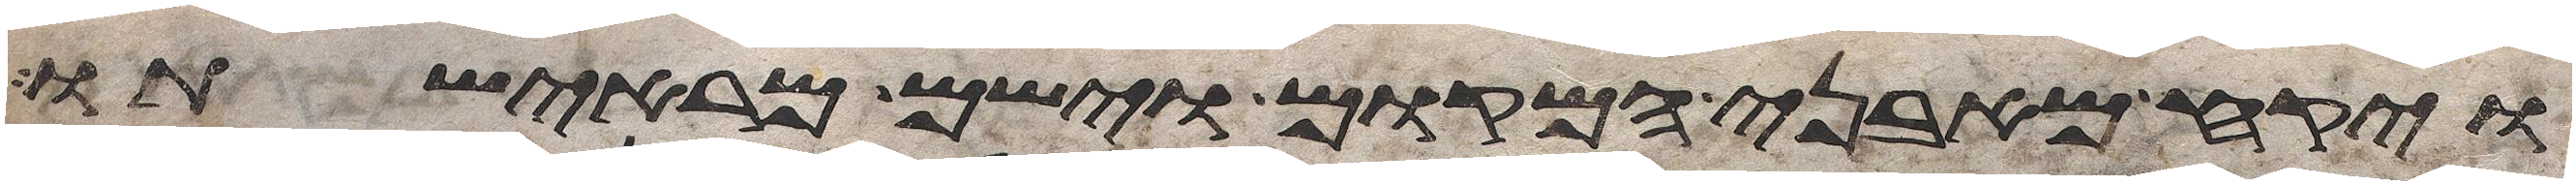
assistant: ויקח מאבני המקום וישם מראשיתו